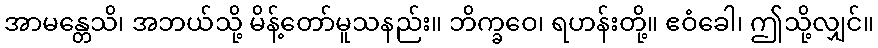
အာမန္တေသိ၊ အဘယ်သို့ မိန့်တော်မူသနည်း။ ဘိက္ခဝေ၊ ရဟန်းတို့။ ဧဝံခေါ၊ ဤသို့လျှင်။